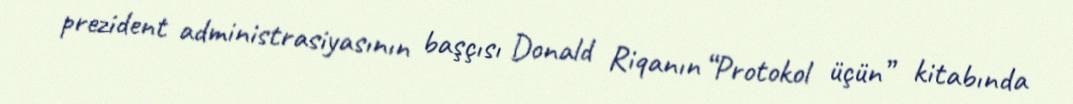
prezident administrasiyasının başçısı Donald Riqanın “Protokol üçün” kitabında